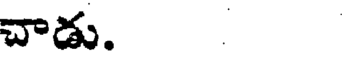
చాడు.